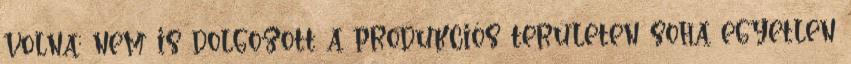
volna; nem is dolgozott a produkciós területen soha egyetlen